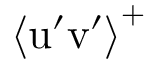
\left\langle \mathrm { u } ^ { \prime } \mathrm { v } ^ { \prime } \right\rangle ^ { + }